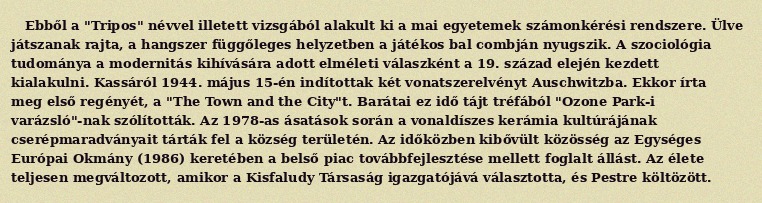
Ebből a "Tripos" névvel illetett vizsgából alakult ki a mai egyetemek számonkérési rendszere. Ülve játszanak rajta, a hangszer függőleges helyzetben a játékos bal combján nyugszik. A szociológia tudománya a modernitás kihívására adott elméleti válaszként a 19. század elején kezdett kialakulni. Kassáról 1944. május 15-én indítottak két vonatszerelvényt Auschwitzba. Ekkor írta meg első regényét, a "The Town and the City"t. Barátai ez idő tájt tréfából "Ozone Park-i varázsló"-nak szólították. Az 1978-as ásatások során a vonaldíszes kerámia kultúrájának cserépmaradványait tárták fel a község területén. Az időközben kibővült közösség az Egységes Európai Okmány (1986) keretében a belső piac továbbfejlesztése mellett foglalt állást. Az élete teljesen megváltozott, amikor a Kisfaludy Társaság igazgatójává választotta, és Pestre költözött.